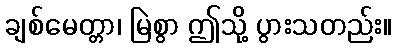
ချစ်မေတ္တာ၊ မြဲစွာ ဤသို့ ပွားသတည်း။